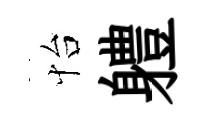
怡軆